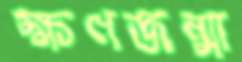
ক্ষণজন্মা